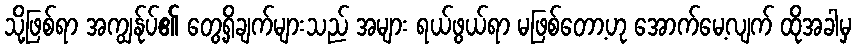
သို့ဖြစ်ရာ အကျွန်ုပ်၏ တွေ့ရှိချက်များသည် အများ ရယ်ဖွယ်ရာ မဖြစ်တော့ဟု အောက်မေ့လျက် ထိုအခါမှ